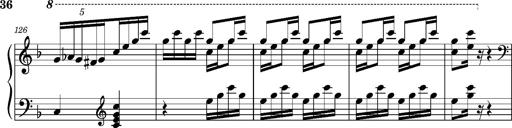
Title: Ungarischer Romanzero
Composer: Franz Liszt